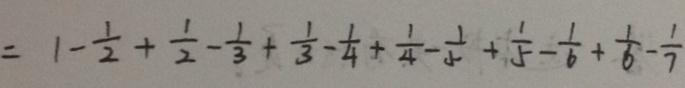
= 1 - \frac { 1 } { 2 } + \frac { 1 } { 2 } - \frac { 1 } { 3 } + \frac { 1 } { 3 } - \frac { 1 } { 4 } + \frac { 1 } { 4 } - \frac { 1 } { 5 } + \frac { 1 } { 5 } - \frac { 1 } { 6 } + \frac { 1 } { 6 } - \frac { 1 } { 7 }